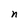
Character: n